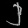
Digit: ၂